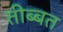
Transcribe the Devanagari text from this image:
तीब्‍बत